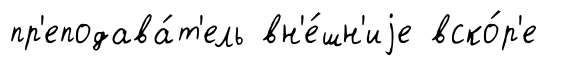
пр'еподава́т'ель вн'е́шн'иjе вско́р'е